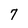
Character: 7